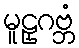
မူဠှဂဗ္ဘံ